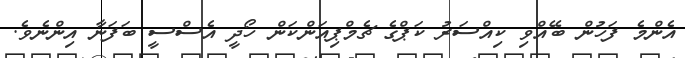
އެންމެ ފަހުން ބޭއްވި ކިއްސަރު ކަޕްގެ ޗެމްޕިއަންކަން ހޯދީ އެސްސީ ބަފަނާ އިންނެވެ.